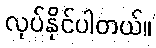
လုပ်နိုင်ပါတယ်။